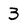
Character: 3